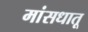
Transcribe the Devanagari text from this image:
मांसधातू